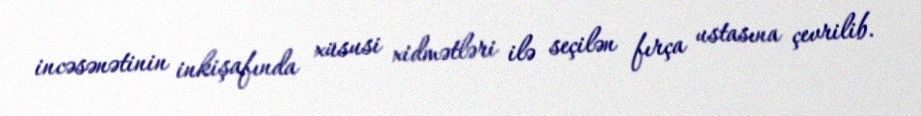
incəsənətinin inkişafında xüsusi xidmətləri ilə seçilən fırça ustasına çevrilib.